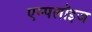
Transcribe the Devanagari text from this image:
एम्पलॉइज